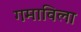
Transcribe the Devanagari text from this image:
गमाविला